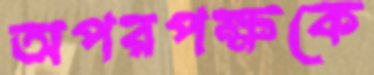
অপরপক্ষকে